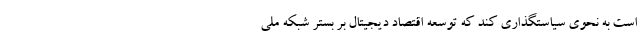
است به نحوی سیاستگذاری کند که توسعه اقتصاد دیجیتال بر بستر شبکه ملی